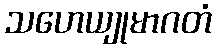
သဟေယျုမာဂတံ